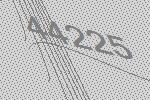
44225